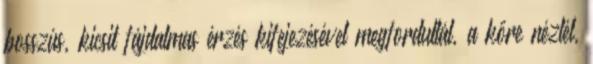
bosszús, kicsit fájdalmas érzés kifejezésével megfordultál, a kőre néztél,